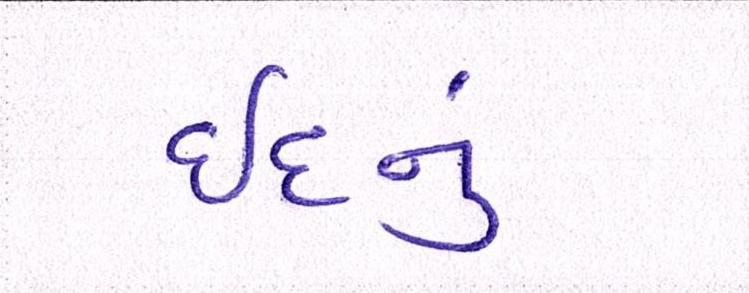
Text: ઇદનું